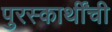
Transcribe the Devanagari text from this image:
पुरस्कार्थींची